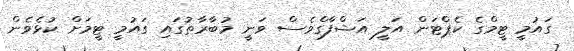
ގައުމީ ޓީމްގެ ކެޕްޓަން އަލީ އަޝްފާގްވެސް ވަނީ މުބާރާތުގައި ގައުމީ ޓީމަށް ކުޅެވެން